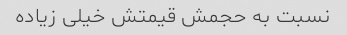
نسبت به حجمش قیمتش خیلی زیاده